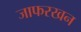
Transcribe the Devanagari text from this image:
जाफरखन